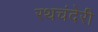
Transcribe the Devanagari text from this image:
रथचंदेरी